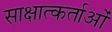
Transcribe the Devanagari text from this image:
साक्षात्कर्ताओं